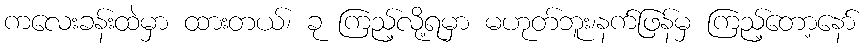
ကလေးခန်းထဲမှာ ထားတယ်၊ ခု ကြည့်လို့ရမှာ မဟုတ်ဘူး၊နက်ဖြန်မှ ကြည့်တော့နော်